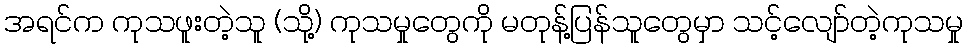
အရင်က ကုသဖူးတဲ့သူ (သို့) ကုသမှုတွေကို မတုန့်ပြန်သူတွေမှာ သင့်လျော်တဲ့ကုသမှု